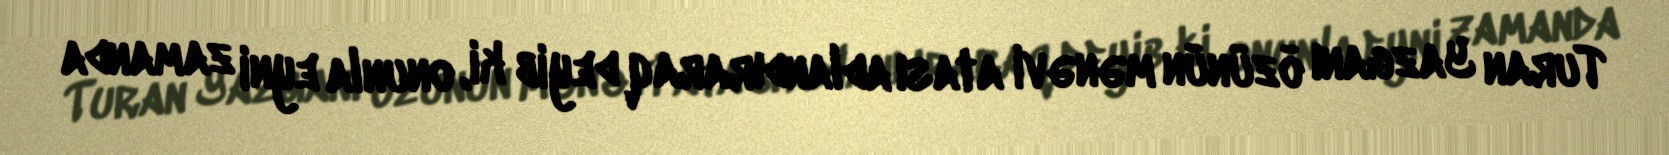
Turan Yazganı özünün mənəvi atası adlandıraraq deyib ki, onunla eyni zamanda